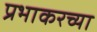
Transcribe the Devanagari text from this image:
प्रभाकरच्या